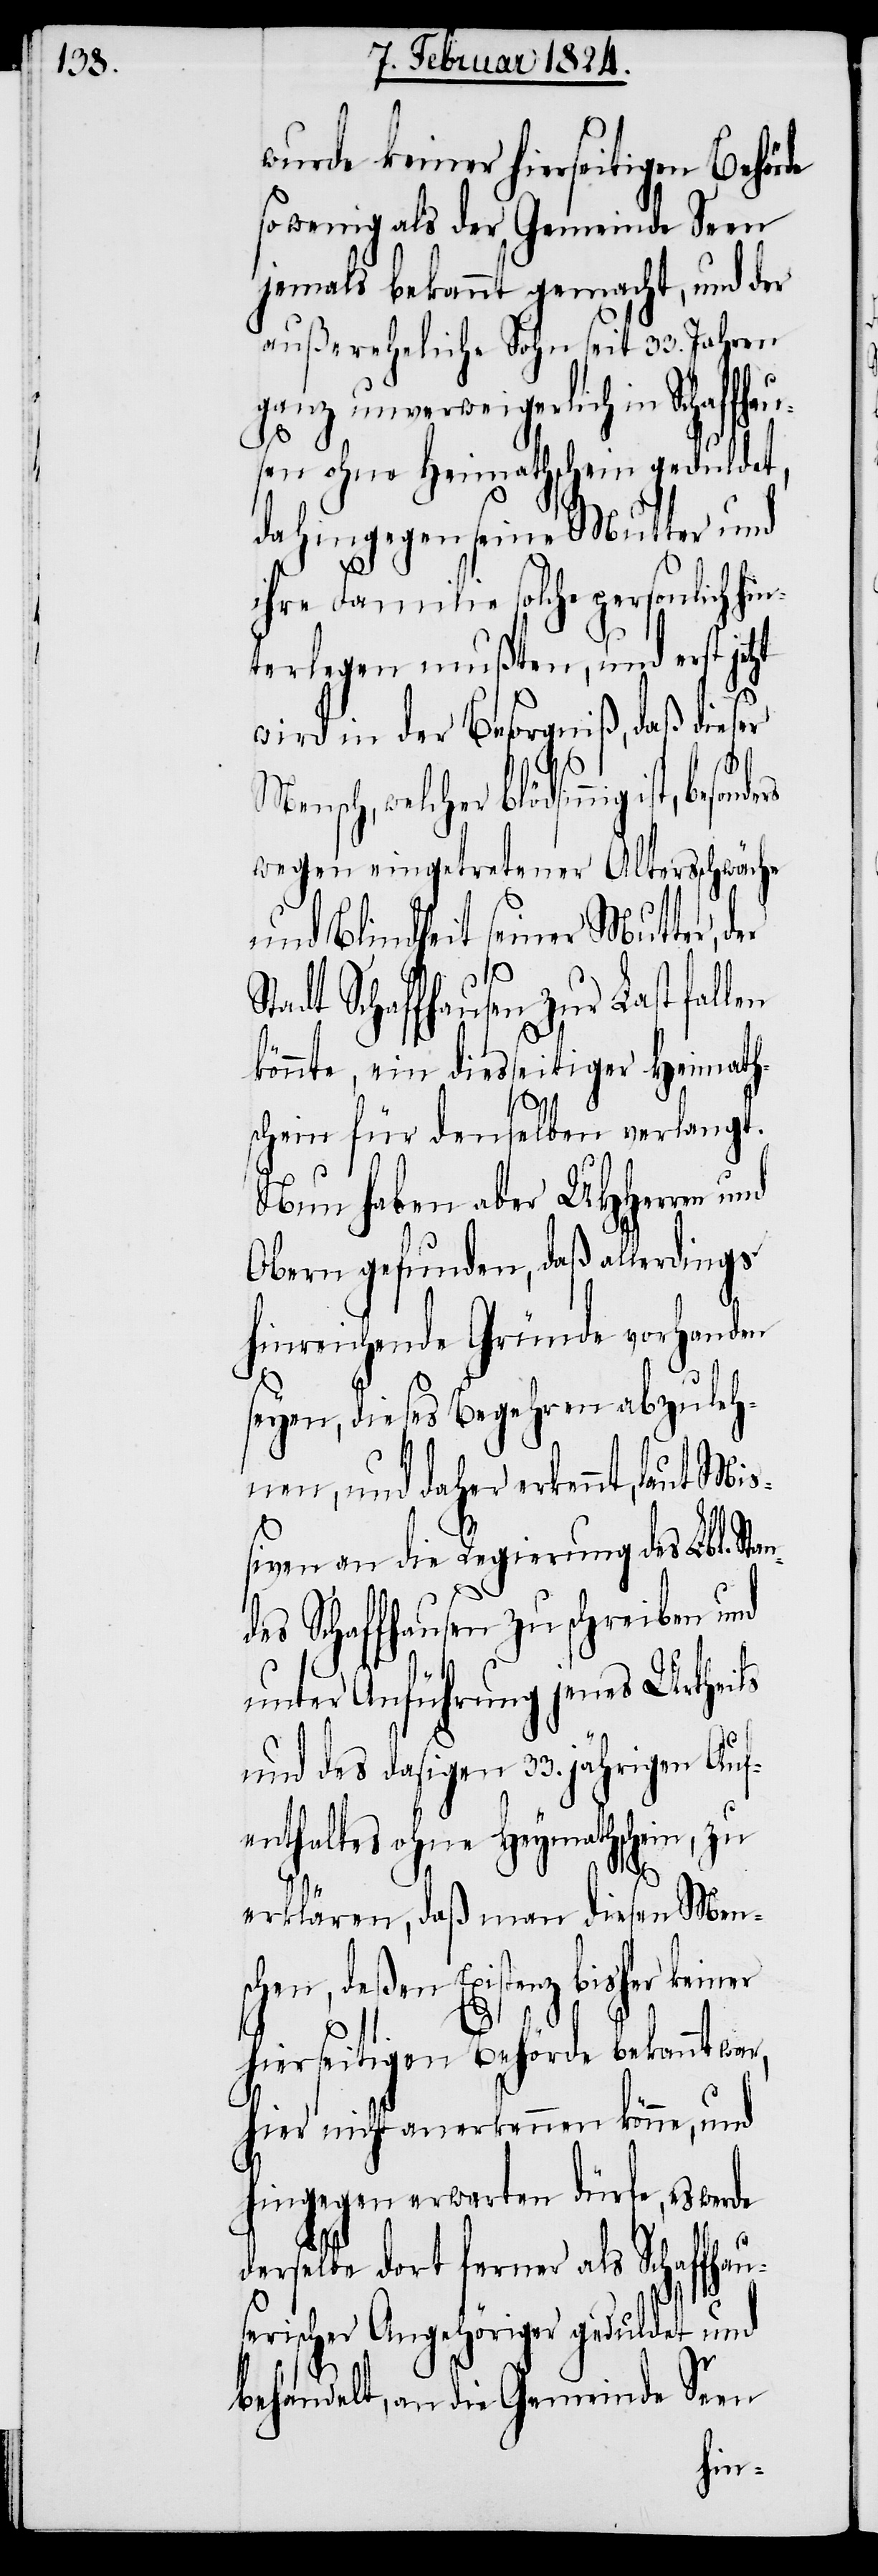
wurde keiner hierseitigen Behörde
so wenig als der Gemeinde Seen
jemals bekannt gemacht, und der
außereheliche Sohn seit 33. Jahren
ganz unverweigerlich in Schaf¬
sen ohne Heimathschein geduldet,
dahingegen seine Mutter und
ihre Familie solche personlich hin¬
terlegen mußten, und erst jetzt
wird der Besorgniß, daß dieser
Mensch, welcher blödsinnig
wegen eingetretener Altersschwäche
und Blindheit seiner Mutter, der
t Schaffhausen zur Last fal¬
könnte, ein diesseitiger Heimath¬
schein für denselben verlangt.
Nun haben aber UHHerren und
Obern gefunden, daß allerdings
n¬
hinreichende Gründe vorhanden
seyen, dieses Begehren abzuleh¬
nen, und daher erkennt, laut Mi¬
ßiven an die Regierung des Lbl. Sta¬
des Schaffhausen zu schreiben und
unter Anführung jenes Urtheils
und des dasigen 33. jährigen Auf¬
enthaltes ohne Heymathschein, zu
erklären, daß man diesen Men¬
schen, deßen Existenz
hierseitigen Behörde bekannt war,
hier nicht anerkennen könne, und
hingegen erwarten dürfe, es werde
keiner
derselbe dort ferner als Schaffhau¬
serischer Angehöriger geduldet und
behandelt, an die Gemeinde Seen